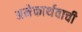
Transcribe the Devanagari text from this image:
अनेकार्थवाची